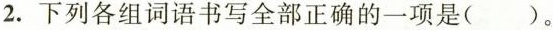
2.下列各组词语书写全部正确的一项是（）。